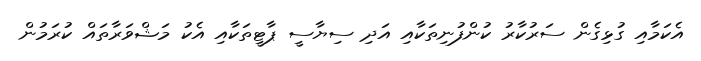
އެކަމާއި ގުޅިގެން ސަރުކާރު ކުންފުނިތަކާއި އަދި ސިޔާސީ ޕާޓީތަކާއި އެކު މަޝްވަރާތައް ކުރަމުން